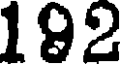
192